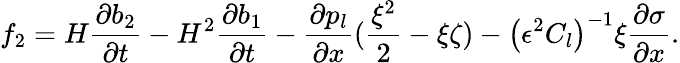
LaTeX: f_{2}=H\frac{\partial b_{2}}{\partial t}-H^{2}\frac{\partial b_{1}}{\partial t}-\frac{\partial p_{l}}{\partial x}(\frac{\xi^{2}}{2}-\xi\zeta)-\left(\epsilon^{2}C_{l}\right)^{-1}\xi\frac{\partial\sigma}{\partial x}.